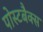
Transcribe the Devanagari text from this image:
पोस्टबैक्स